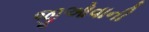
જીઓવાની